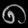
Digit: ၈